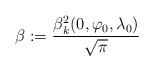
LaTeX: \begin{align*}\beta:= \frac{\beta_k^2(0,\varphi_0,\lambda_0)}{\sqrt\pi}\end{align*}